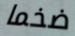
ضخما